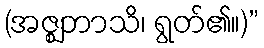
(အဇ္ဈဘာသိ၊ ရွတ်၏။)”